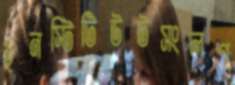
ইনস্টিটিউটসংলগ্ন